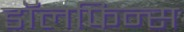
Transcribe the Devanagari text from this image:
डॉलफिन्स